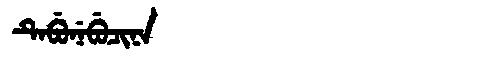
Manchu: ᡨᡝᠪᡠᠨᡝᠪᡠᠴᡳᠨᠠ
Romanization: TEBUNEBUCINA